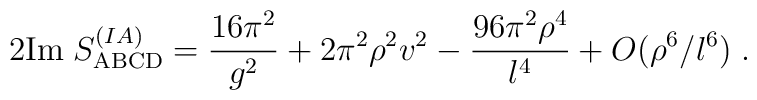
2\mathrm{Im}\; S_\mathrm{ABCD}^{(IA)} = \frac{16\pi^2}{g^2} + 2\pi^2 \rho^2v^2 - \frac{96\pi^2\rho^4}{l^4} + O(\rho^6/l^6)\;.